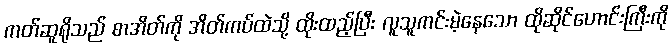
ကတ်ဆူရိုသည် စာအိတ်ကို အိတ်ကပ်ထဲသို့ ထိုးထည့်ပြီး လူသူကင်းမဲ့နေသော ထိုဆိုင်ဟောင်းကြီးကို